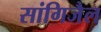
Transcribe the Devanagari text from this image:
सांगिजैल